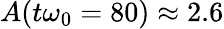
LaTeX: A(t\omega_{0}=80)\approx 2.6